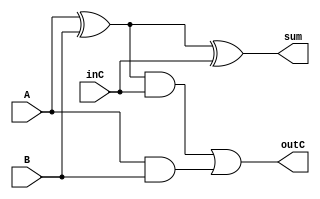
module fAddr(outC, sum, inC, A, B);
	output outC, sum;
	input  inC, A, B;
	wire   abSum, abCarry, hA2Carry;

	xor x1(abSum, A, B);
	and a1(abCarry, A, B);
	xor x2(sum, abSum, inC);
	and a2(hA2Carry, abSum, inC);

	or  o1(outC, hA2Carry, abCarry);
endmodule

// Remember, the B vector in mathCKT is carried from external XORs
module mathCKT(outC, sum, ovFL, inC, A, B);
	output outC, ovFL;			// ovFL is overflow flag
	output [7:0] sum;
	input  inC;
	input  [7:0] A, B;
	
	wire   [6:0] cp;			// Carry Propogation Wire

	fAddr f0(cp[0], sum[0], inC  , A[0], B[0]);
	fAddr f1(cp[1], sum[1], cp[0], A[1], B[1]);
	fAddr f2(cp[2], sum[2], cp[1], A[2], B[2]);
	fAddr f3(cp[3], sum[3], cp[2], A[3], B[3]);
	fAddr f4(cp[4], sum[4], cp[3], A[4], B[4]);
	fAddr f5(cp[5], sum[5], cp[4], A[5], B[5]);
	fAddr f6(cp[6], sum[6], cp[5], A[6], B[6]);
	fAddr f7(outC , sum[7], cp[6], A[7], B[7]);

	xor ovF(ovFL, cp[6], outC);		// Overflow Check
endmodule